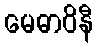
မေဓာဝိနီ